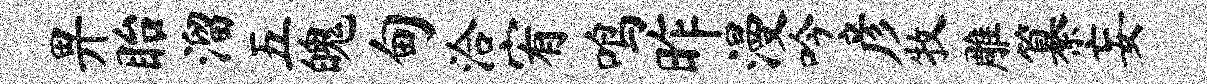
畀眙溜五魄甸洽宥鸣昨漫吟彦牧雕纂妄